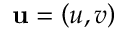
\mathbf { u } = \left( u , v \right)